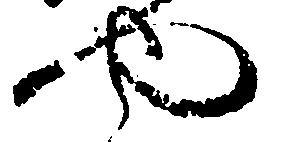
や